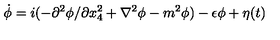
\dot { \phi } = i ( - \partial ^ { 2 } \phi / \partial x _ { 4 } ^ { 2 } + \nabla ^ { 2 } \phi - m ^ { 2 } \phi ) - \epsilon \phi + \eta ( t )